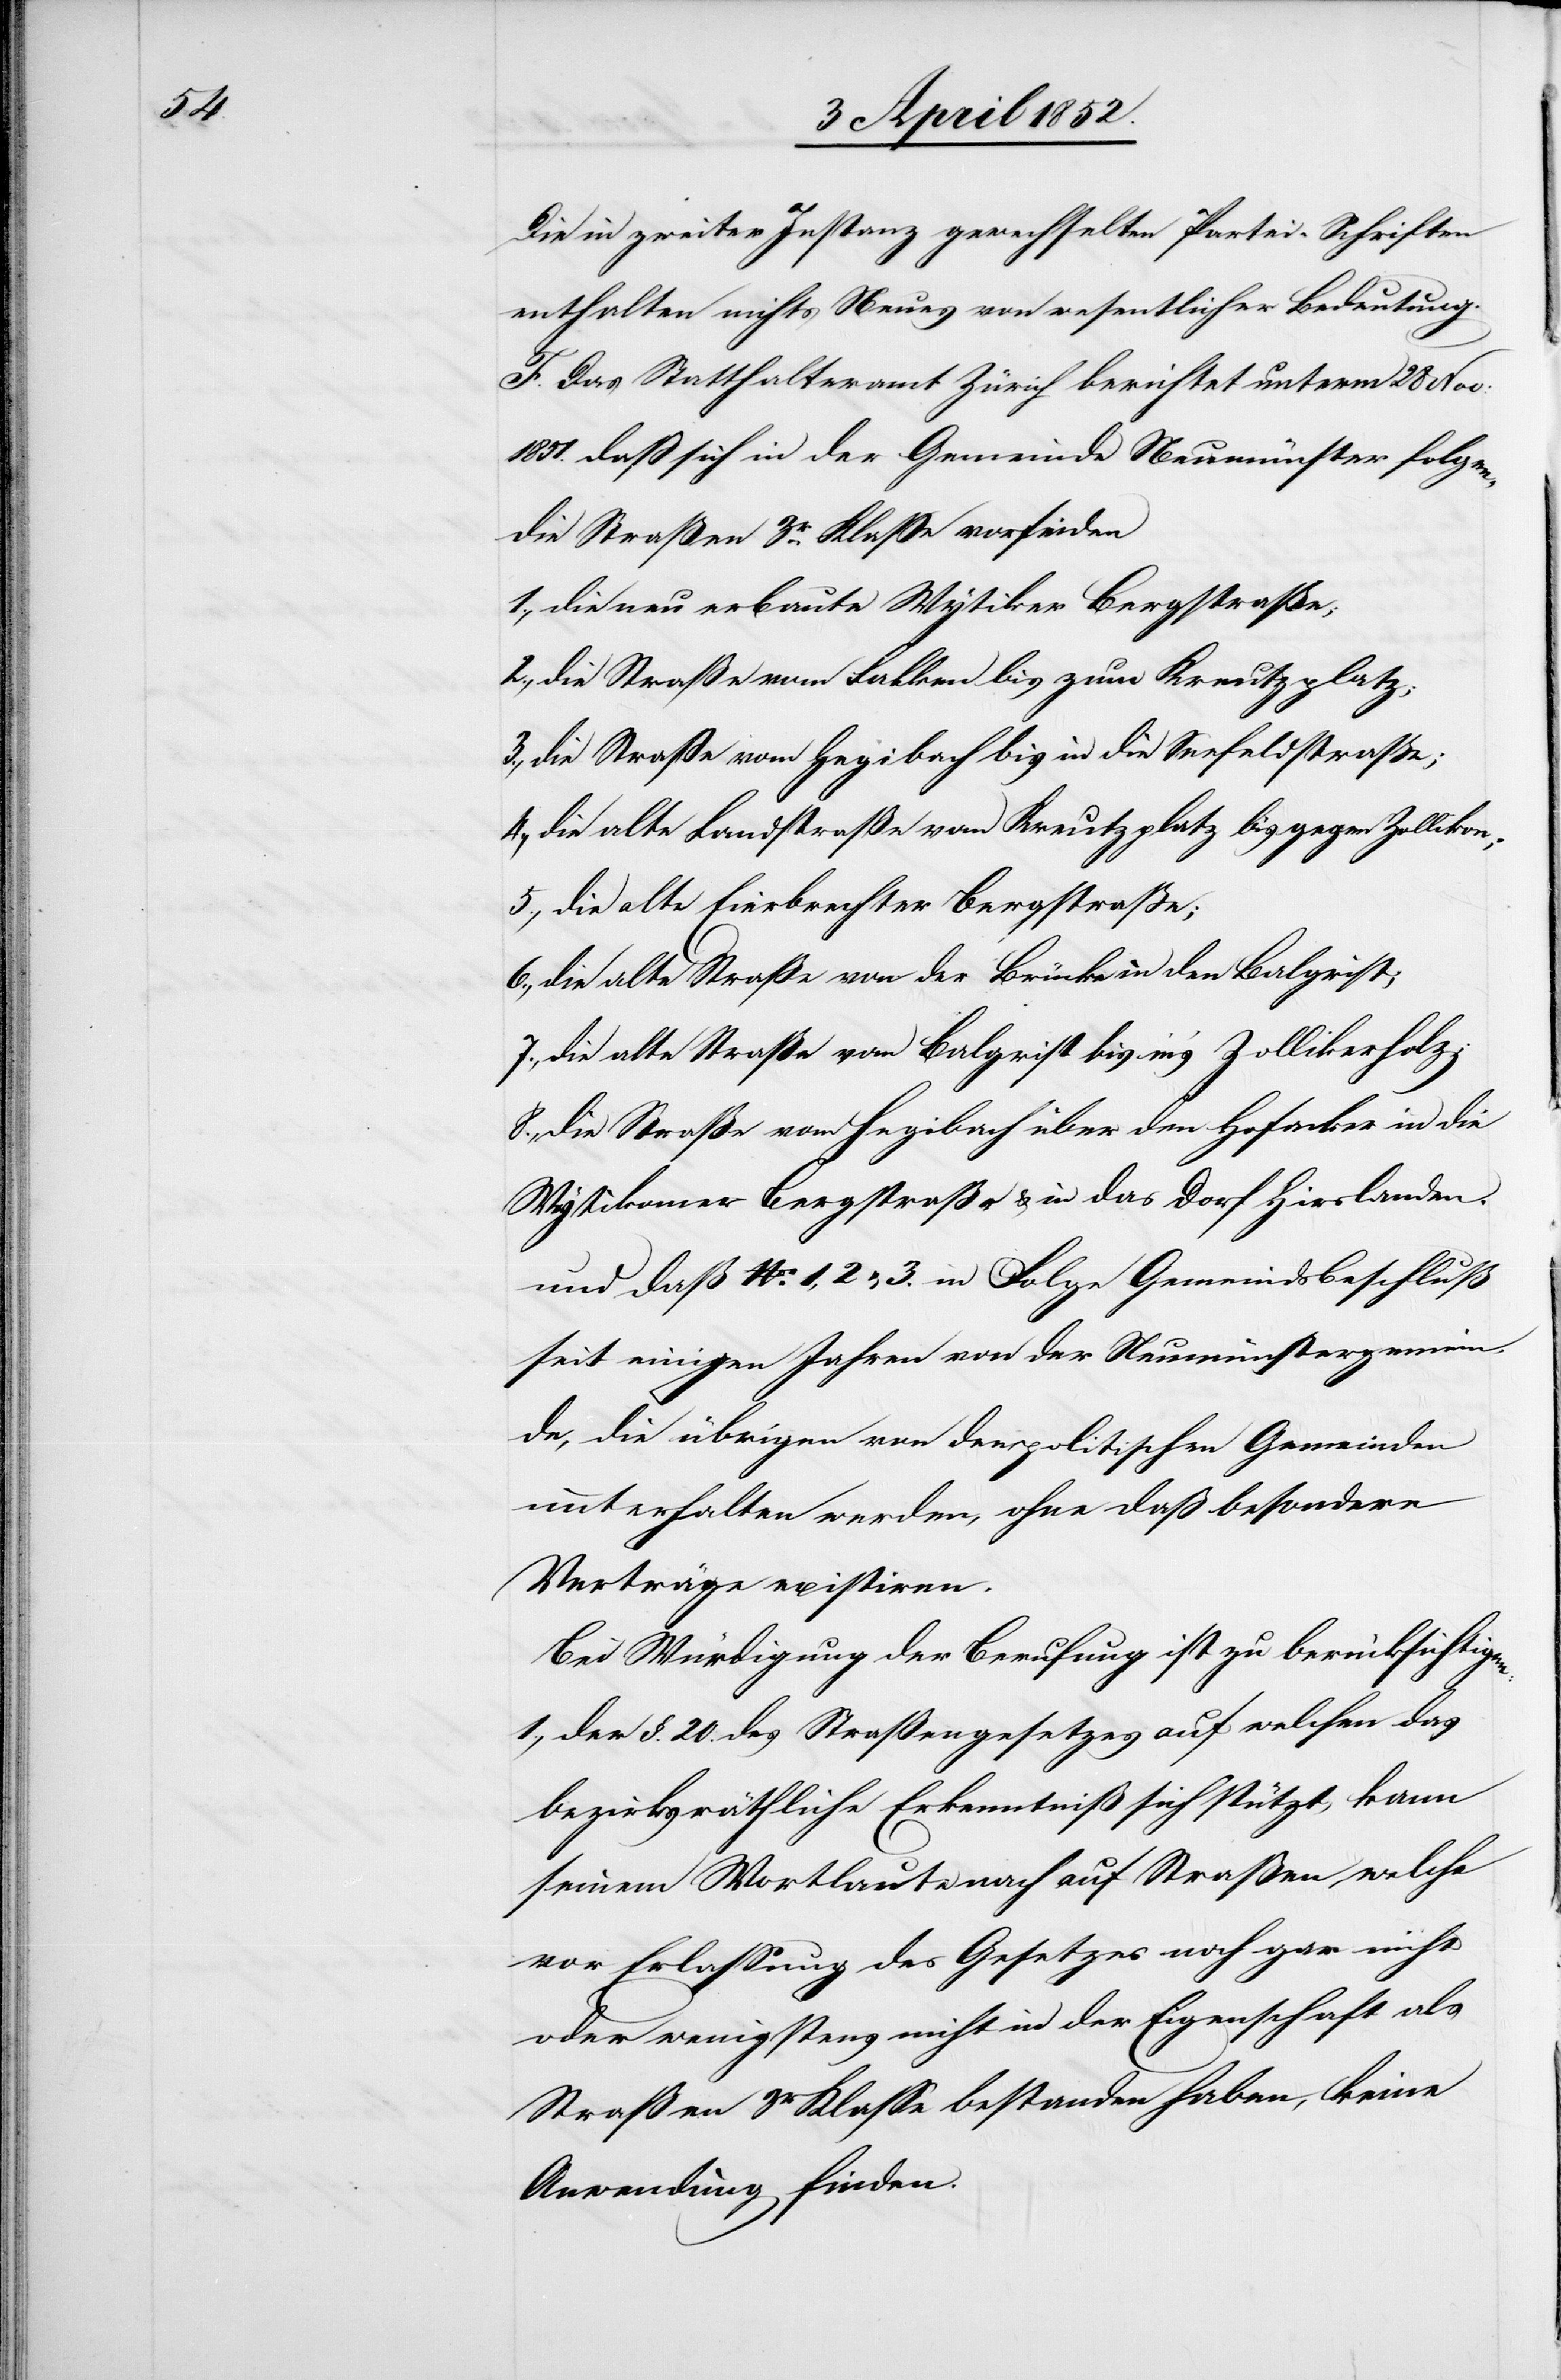
Die in zweiter Instanz gewechselten Partei-Schriften
enthalten nichts Neues von wesentlicher Bedeutung.
F. Das Statthalteramt Zürich berichtet unterm 28 Nov:
1851. daß sich in der Gemeinde Neumünster folgendie
Straßen 3r. Klasse vorfinden
1., die neu erbaute Wytiker Bergstraße;
2., die Straße vom Falken bis zum Kreutzplatz;
3., die Straße vom Hegibach bis in die Seefeldstraße;
4., die alte Landstraße vom Kreutzplatz bis gegen Zollikon;
5., die alte Eierbrechter Bergstraße;
6., die alte Straße von der Brücke in den Balgrist;
7., die alte Straße vom Balgrist bis in’s Zollikerholz;
8., die Straße vom Hegibach über den Hofacker in die
Wytikomer Bergstraße & in das Dorf Hirslanden.
und daß No. 1, 2 & 3. in Folge Gemeindsbeschluß
seit einigen Jahren von der Neumünstergemein¬
de, die übrigen von den politischen Gemeinden
unterhalten werden, ohne daß besondere
Verträge existiren.
Bei Würdigung der Berufung ist zu berücksichtigen:
1., Der §. 20. des Straßengesetzes auf welchen das
bezirksräthliche Erkenntiß sich stützt, kann
seinem Wortlaute nach auf Straßen, welche
vor Erlassung des Gesetzes noch gar nicht
oder wenigstens nicht in der Eigenschaft als
Straßen 3r Klasse bestanden haben, keine
Anwendung finden.